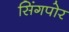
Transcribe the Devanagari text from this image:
सिंगपोर